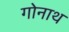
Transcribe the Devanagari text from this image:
गोनाथ